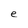
Character: e